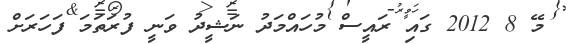
މޭ 8 2012 ގައި ރައީސް މުހައްމަދު ނަޝީދު ވަނީ ފުރަތަމަ ފަހަރަށް